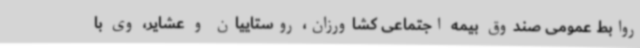
روابط عمومی صندوق بیمه اجتماعی کشاورزان، روستاییان و عشایر، وی با